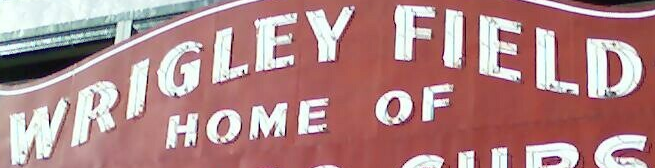
WRIGLEY FIELD